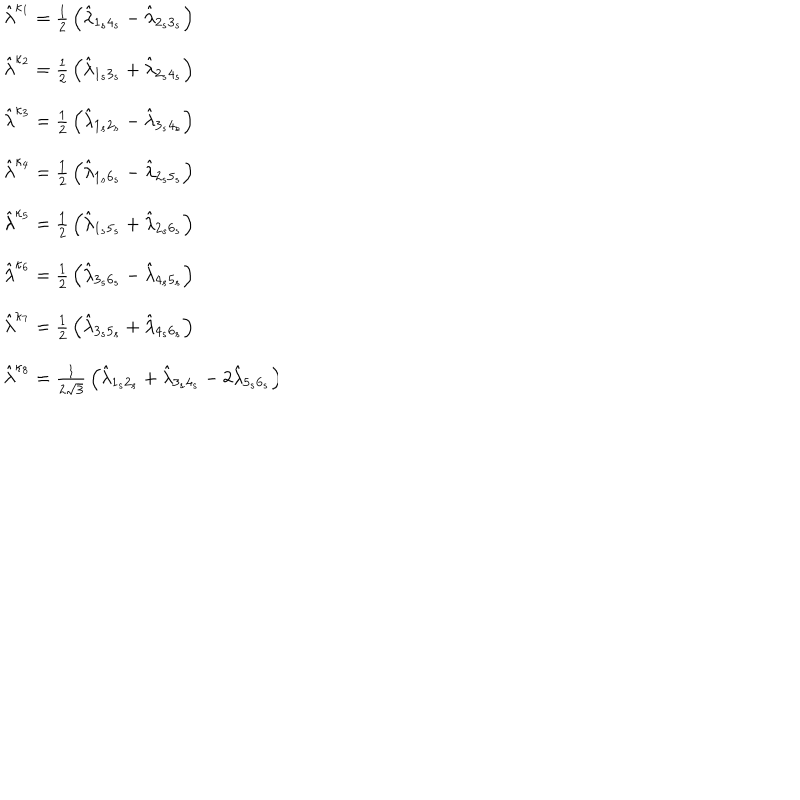
LaTeX: \begin{array} { l } { { \hat { \lambda } ^ { \kappa _ { 1 } } = { \frac { 1 } { 2 } } \left( \hat { \lambda } _ { 1 _ { s } 4 _ { s } } - \hat { \lambda } _ { 2 _ { s } 3 _ { s } } \right) } } \\ { { \hat { \lambda } ^ { \kappa _ { 2 } } = { \frac { 1 } { 2 } } \left( \hat { \lambda } _ { 1 _ { s } 3 _ { s } } + \hat { \lambda } _ { 2 _ { s } 4 _ { s } } \right) } } \\ { { \hat { \lambda } ^ { \kappa _ { 3 } } = { \frac { 1 } { 2 } } \left( \hat { \lambda } _ { 1 _ { s } 2 _ { s } } - \hat { \lambda } _ { 3 _ { s } 4 _ { s } } \right) } } \\ { { \hat { \lambda } ^ { \kappa _ { 4 } } = { \frac { 1 } { 2 } } \left( \hat { \lambda } _ { 1 _ { s } 6 _ { s } } - \hat { \lambda } _ { 2 _ { s } 5 _ { s } } \right) } } \\ { { \hat { \lambda } ^ { \kappa _ { 5 } } = { \frac { 1 } { 2 } } \left( \hat { \lambda } _ { 1 _ { s } 5 _ { s } } + \hat { \lambda } _ { 2 _ { s } 6 _ { s } } \right) } } \\ { { \hat { \lambda } ^ { \kappa _ { 6 } } = { \frac { 1 } { 2 } } \left( \hat { \lambda } _ { 3 _ { s } 6 _ { s } } - \hat { \lambda } _ { 4 _ { s } 5 _ { s } } \right) } } \\ { { \hat { \lambda } ^ { \kappa _ { 7 } } = { \frac { 1 } { 2 } } \left( \hat { \lambda } _ { 3 _ { s } 5 _ { s } } + \hat { \lambda } _ { 4 _ { s } 6 _ { s } } \right) } } \\ { { \hat { \lambda } ^ { \kappa _ { 8 } } = { \frac { 1 } { 2 \sqrt { 3 } } } \left( \hat { \lambda } _ { 1 _ { s } 2 _ { s } } + \hat { \lambda } _ { 3 _ { s } 4 _ { s } } - 2 \hat { \lambda } _ { 5 _ { s } 6 _ { s } } \right) } } \\ \end{array} \hspace { 4 . 3 c m }